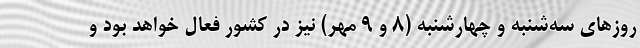
روزهای سه‌شنبه و چهارشنبه (۸ و ۹ مهر) نیز در کشور فعال خواهد بود و